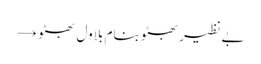
بے نظیر بھٹو بنام بلاول بھٹو →